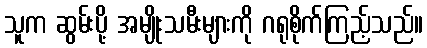
သူက ဆွမ်းပို့ အမျိုးသမီးများကို ဂရုစိုက်ကြည့်သည်။